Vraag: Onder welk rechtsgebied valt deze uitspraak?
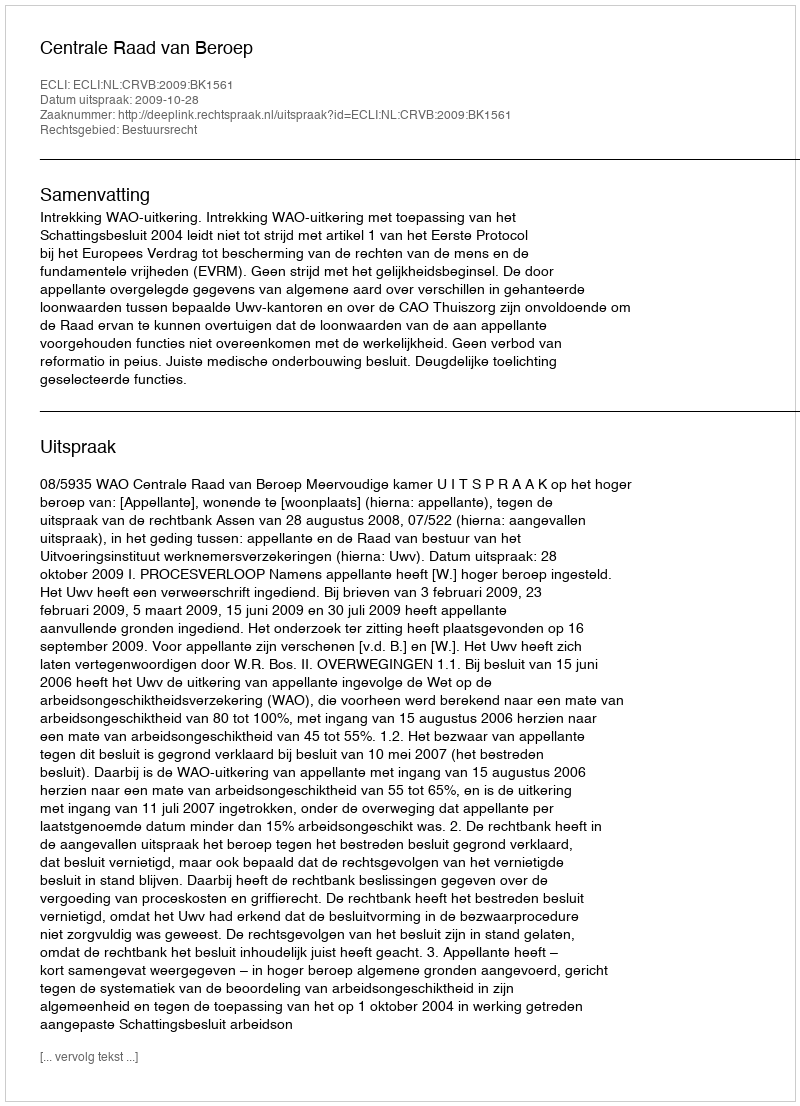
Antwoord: Bestuursrecht